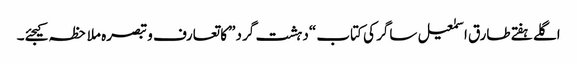
اگلے ہفتےطارق اسمٰعیل ساگر کی کتاب “دہشت گرد” کا تعارف و تبصرہ ملاحظہ کیجئے۔